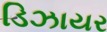
ડિઝાયર